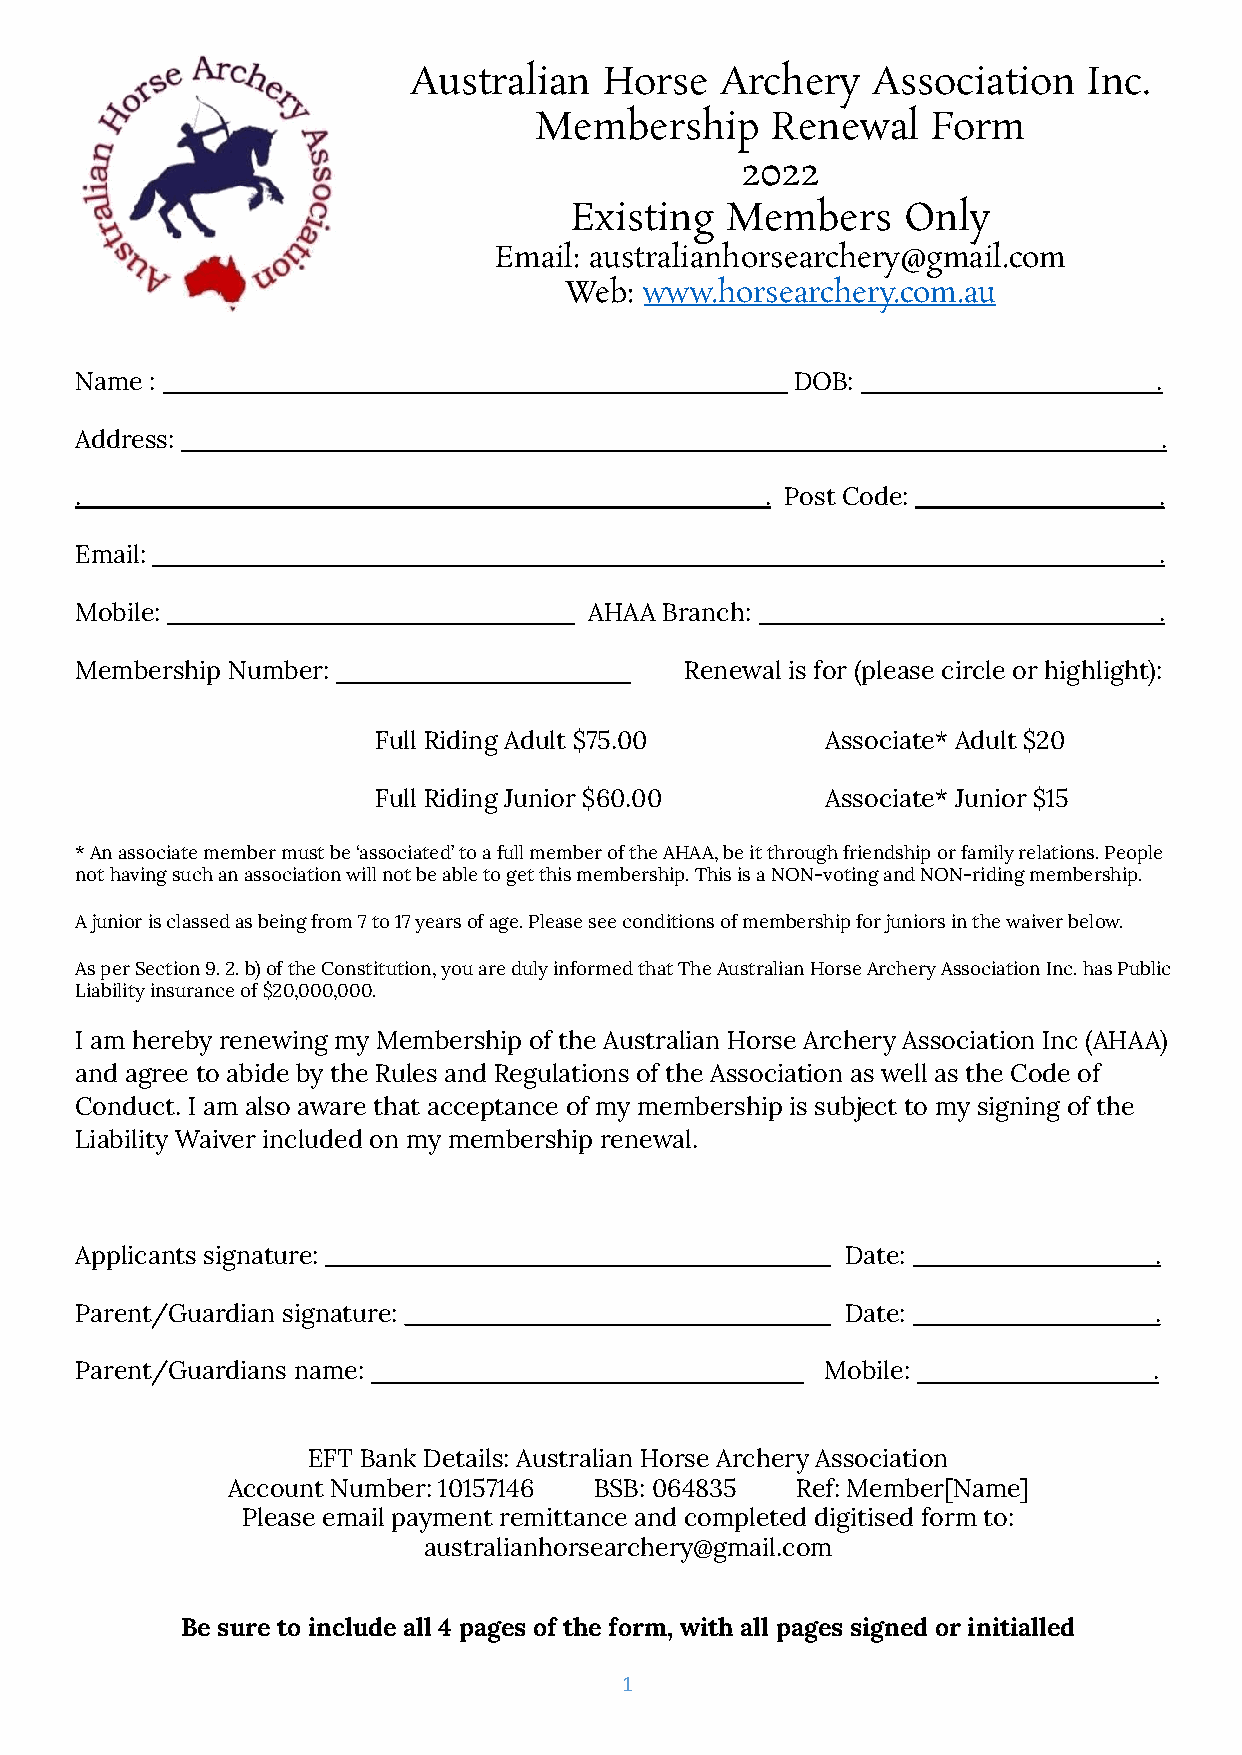
Australian   Horse   Archery   Association   Inc.
 Membership      Renewal    Form
 2022
 Existing  Members     Only
 Email: australianhorsearchery@gmail.com
 Web:  www.horsearchery.com.au
 Name :                                          DOB:                    .
 Address:                                                                .
 .                                             . Post Code:              .
 Email:                                                                  .
 Mobile:                           AHAA Branch:                          .
 Membership Number:                      Renewal is for (please circle or highlight):
 Full Riding Adult $75.00      Associate* Adult $20
 Full Riding Junior $60.00     Associate* Junior $15
 * An associate member must be ‘associated’ to a full member of the AHAA, be it through friendship or family relations. People
 not having such an association will not be able to get this membership. This is a NON-voting and NON-riding membership.
 A junior is classed as being from 7 to 17 years of age. Please see conditions of membership for juniors in the waiver below.
 As per Section 9. 2. b) of the Constitution, you are duly informed that The Australian Horse Archery Association Inc. has Public
 Liability insurance of $20,000,000.
 I am hereby renewing my Membership of the Australian Horse Archery Association Inc (AHAA)
 and agree to abide by the Rules and Regulations of the Association as well as the Code of
 Conduct. I am also aware that acceptance of my membership is subject to my signing of the
 Liability Waiver included on my membership renewal.
 Applicants signature:                              Date:               .
 Parent/Guardian signature:                         Date:               .
 Parent/Guardians name:                            Mobile:              .
 EFT Bank Details: Australian Horse Archery Association
 Account Number: 10157146 BSB: 064835  Ref: Member[Name]
 Please email payment remittance and completed digitised form to:
 australianhorsearchery@gmail.com
 Be sure to include all 4 pages of the form, with all pages signed or initialled
 1